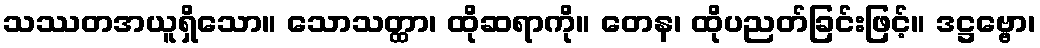
သဿတအယူရှိသော။ သောသတ္ထာ၊ ထိုဆရာကို။ တေန၊ ထိုပညတ်ခြင်းဖြင့်။ ဒဋ္ဌဗ္ဗော၊